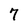
Character: 7